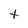
Character: t